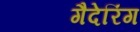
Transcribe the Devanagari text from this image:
गैदेरिंग